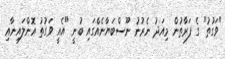
"ވަގުތު" ގެ ފަރާތުން މިއަދު ނެރުނު ނޫސްބަޔާނެއްގައި ބުނީ "އެއީ ވަގުތު އޮންލައިނާއި